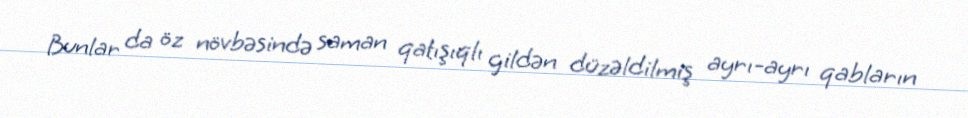
Bunlar da öz növbəsində saman qatışıqlı gildən düzəldilmiş ayrı-ayrı qabların